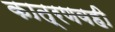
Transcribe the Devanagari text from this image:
कात्रणवही